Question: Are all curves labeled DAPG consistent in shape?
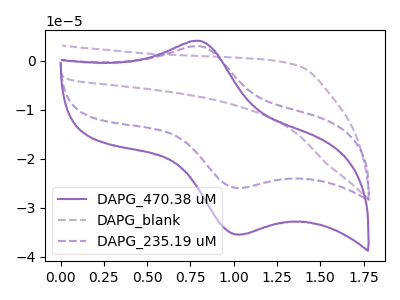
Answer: <think>The purple curve "DAPG_470.38 uM" has an anodic peak at (0.80V, 4.00uA) and a cathodic peak at (1.05V, -35.45uA). The purple dashed curve "DAPG_blank" has no peaks. The purple dashed curve "DAPG_235.19 uM" has an anodic peak at (0.80V, 2.95uA) and a cathodic peak at (1.05V, -25.95uA).
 "DAPG_470.38 uM" and "DAPG_blank" have a different number of peaks. All the peaks in "DAPG_470.38 uM" have a peak in "DAPG_235.19 uM" at the same potential. Every peak in "DAPG_470.38 uM" is higher than every peak in "DAPG_235.19 uM". "DAPG_blank" and "DAPG_235.19 uM" have a different number of peaks.</think>
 <answer>All the CV's of "DAPG" have similar shape.</answer>
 <eval>follow_rule</eval>